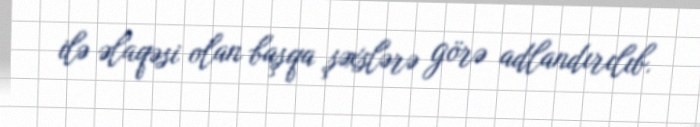
ilə əlaqəsi olan başqa şəxslərə görə adlandırılıb.